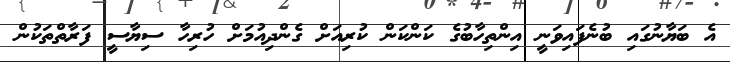
އެ ބަޔާނުގައި ބުނެފައިވަނީ އިންތިހާބުގެ ކަންކަން ކުރިއަށް ގެންދިއުމަށް ހުރިހާ ސިޔާސީ ފަރާތްތަކުން